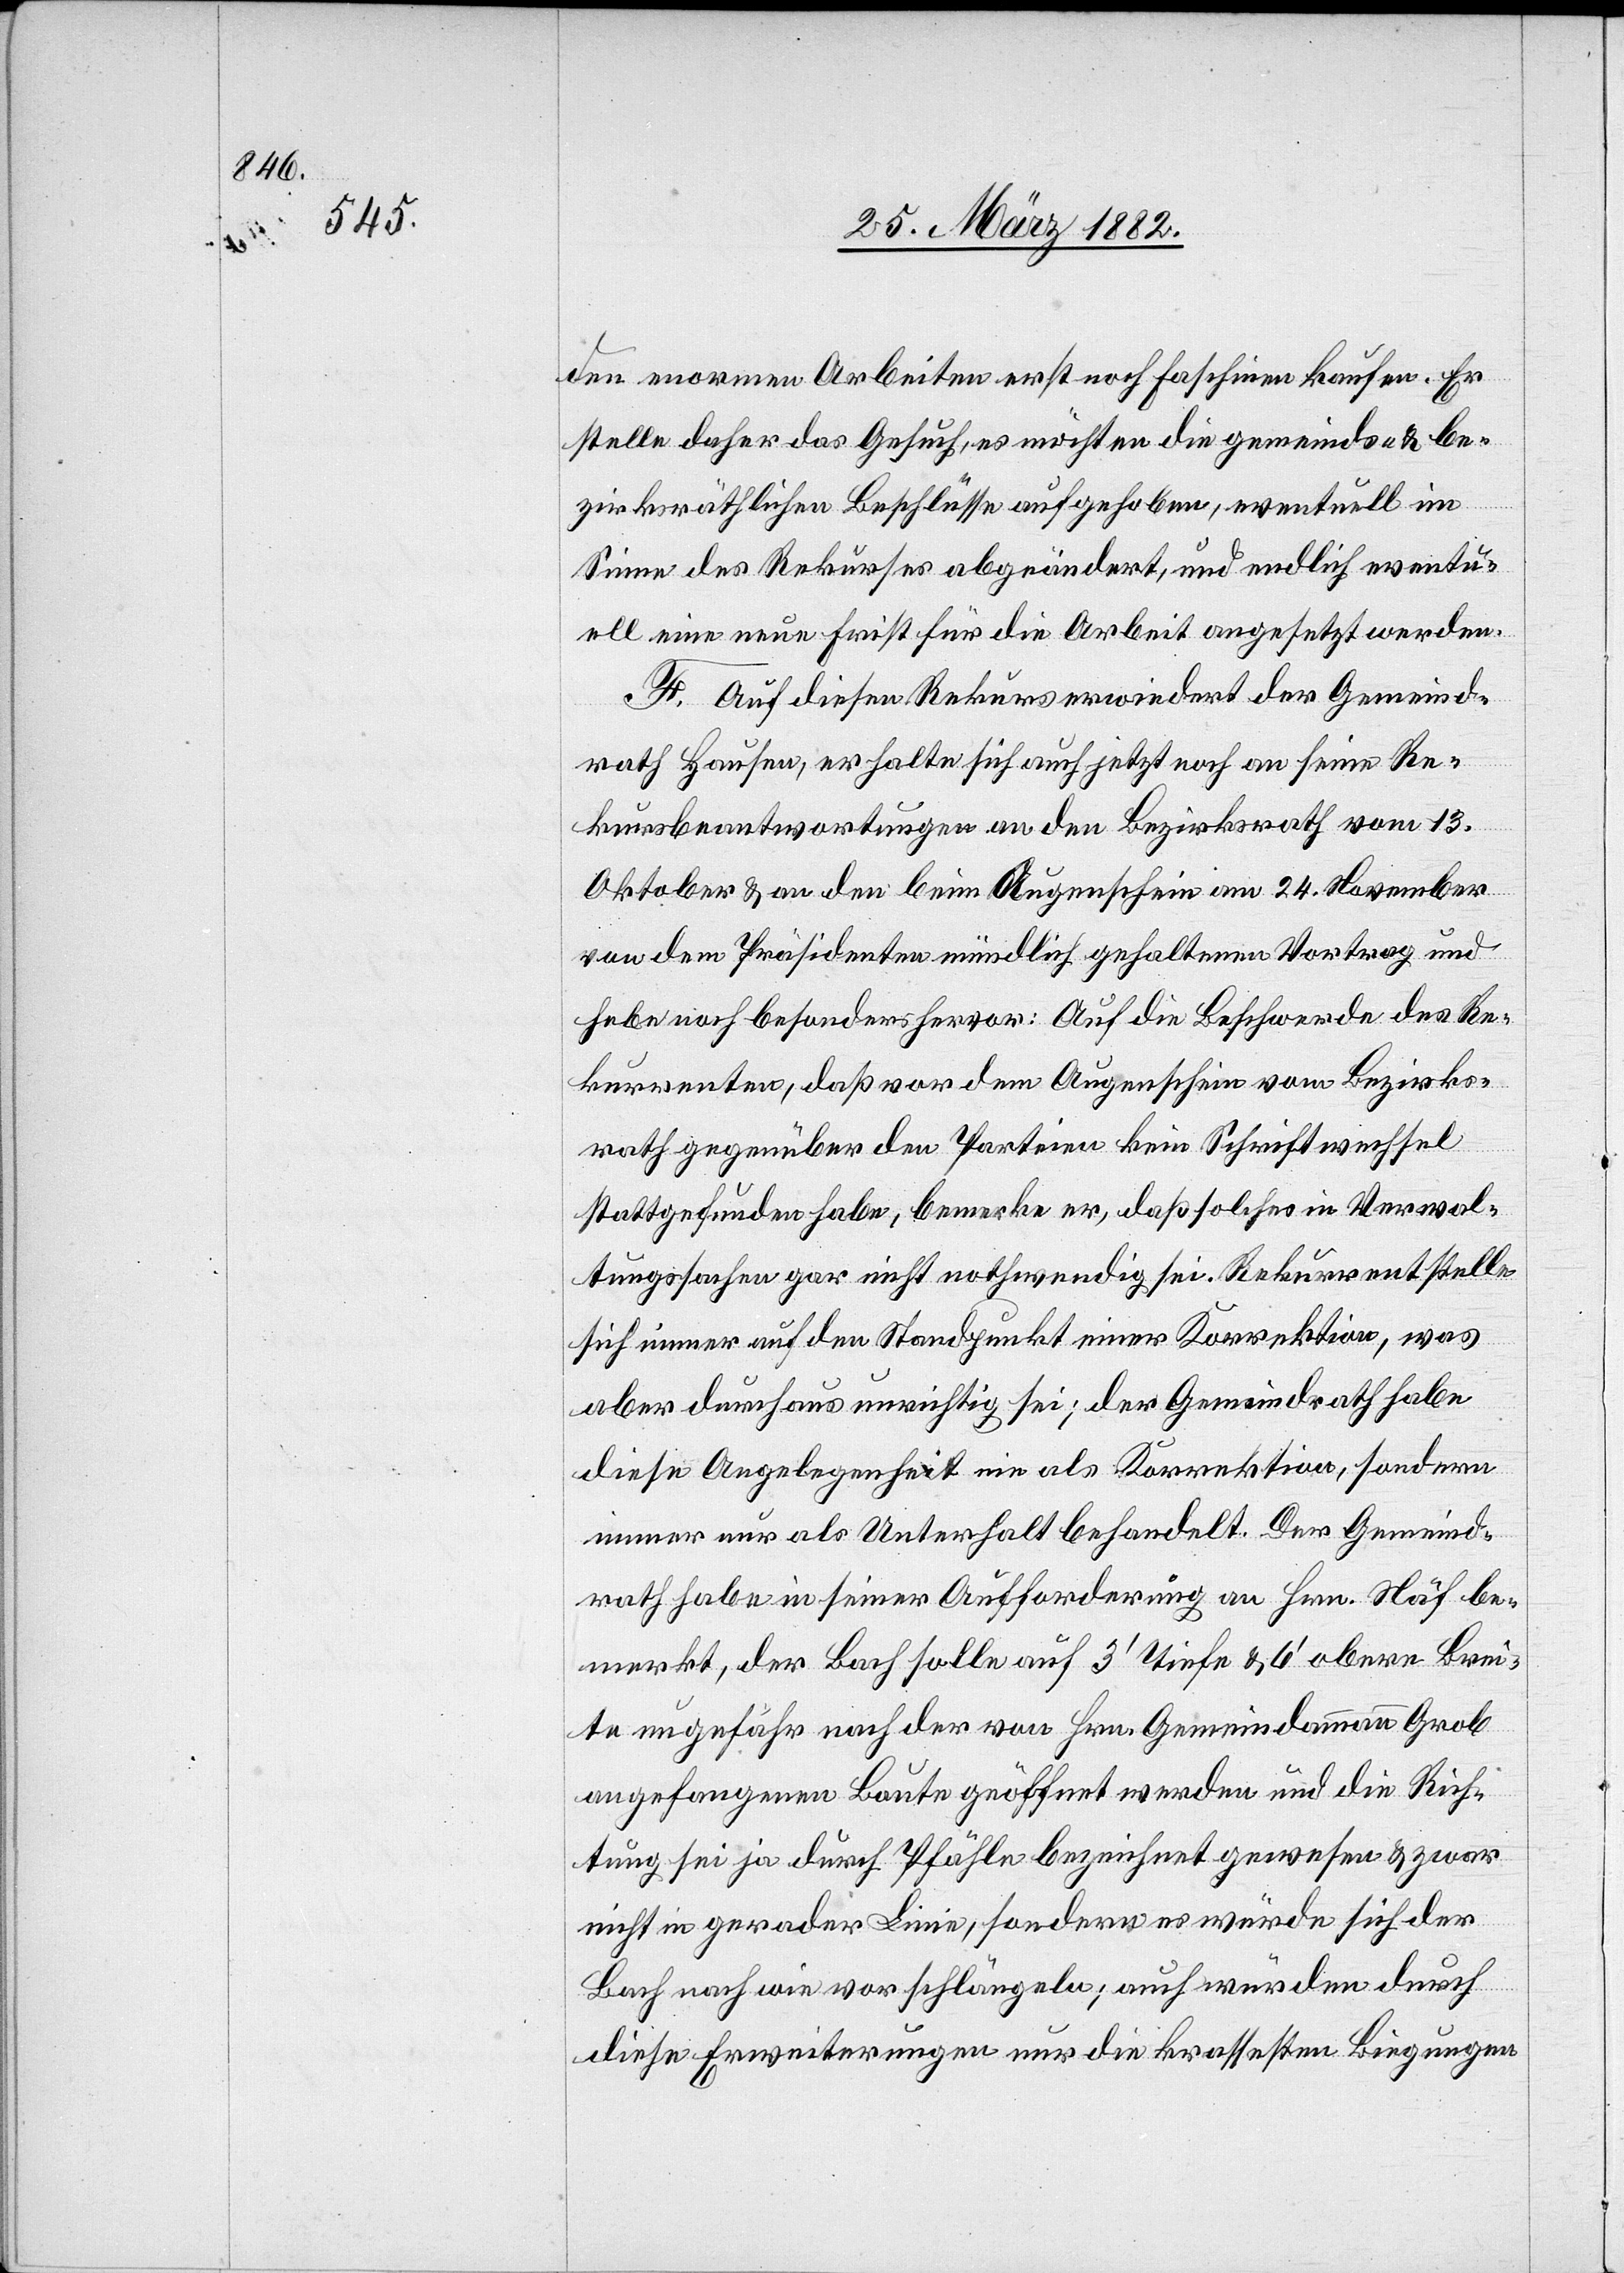
den enormen Arbeiten erst noch Faschinen kaufen. Er
stelle daher das Gesuch, es möchten die gemeinds- & be¬
zirksräthlichen Beschlüsse aufgehoben, eventuell im
Sinne des Rekurses abgeändert, und endlich eventu¬
ell eine neue Frist für die Arbeit angesetzt werden.
F. Auf diesen Rekurs erwiedert der Gemeind¬
rath Hausen, er halte sich auch jetzt noch an seine Re¬
kursbeantwortungen an den Bezirksrath vom 13.
Oktober & an den beim Augenschein am 24. November
von dem Präsidenten mündlich gehaltenen Vortrag und
hebe noch besonders hervor: Auf die Beschwerde des Re¬
kurrenten, daß vor dem Augenschein vom Bezirks¬
rath gegenüber den Parteien kein Schriftwechsel
stattgefunden habe, bemerke er, daß solches in Verwal¬
tungssachen gar nicht nothwendig sei. Rekurrent stelle
sich immer auf den Standpunkt einer Korrektion, was
aber durchaus unrichtig sei; der Gemeindrath habe
diese Angelegenheit nie als Korrektion, sondern
immer nur als Unterhalt behandelt. Der Gemeind¬
rath habe in seiner Aufforderung an Hrn. Näf be¬
merkt, der Bach solle auf 3’ Tiefe & 6’ obere Brei¬
te ungefähr nach der von Hrn. Gemeindeammann Grob
angefangenen Baute geöffnet werden und die Rich¬
tung sei ja durch Pfähle bezeichnet gewesen & zwar
nicht in gerader Linie, sondern es würde sich der
Bach nach wie vor schlängeln; auch würden durch
diese Erweiterungen nur die krassesten Biegungen